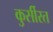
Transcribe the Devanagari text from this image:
कुर्सीरत